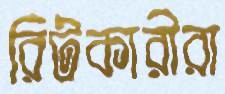
রিটকারীরা